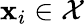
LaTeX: \mathbf{x}_{i}\in\mathcal X